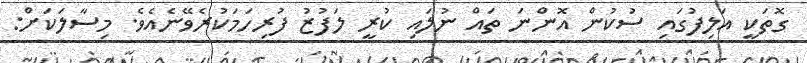
ގޮތަކީ އަލިފުގައި ސުކުން އޮންނަ ތައް ނުލައި ކުރީ ލަފުޒު ފުރިހަމަކުރެވޭނެއެވެ. މިސާލަކަށް: